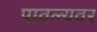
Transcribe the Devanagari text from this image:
पावल्यवर